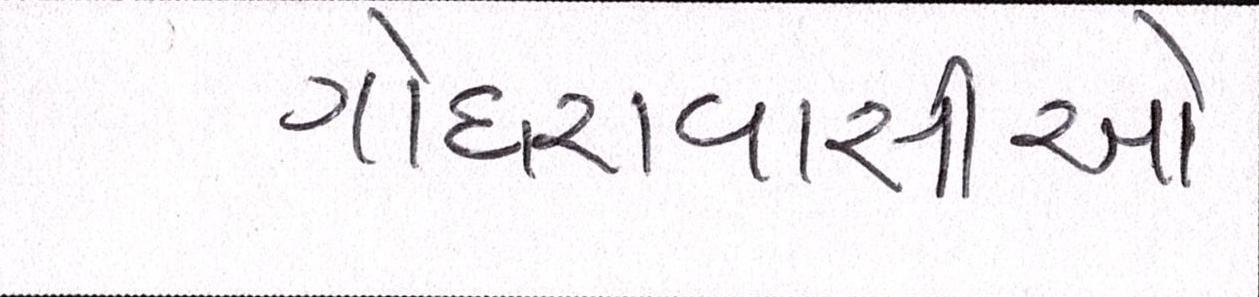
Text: ગોધરાવાસીઓ